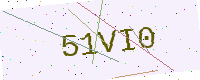
Text: 51VI0